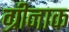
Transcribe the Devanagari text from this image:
ग्रीनाक